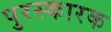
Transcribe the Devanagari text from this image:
पुरस्कारक